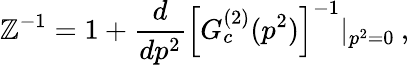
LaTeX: \mathbb{Z}^{-1}=1+\frac{{d}}{{dp^{2}}}\left[G_{c}^{(2)}(p^{2})\right]^{-1}|_{p^{2}=0}\: ,